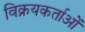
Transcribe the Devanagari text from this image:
विक्रयकर्ताओं